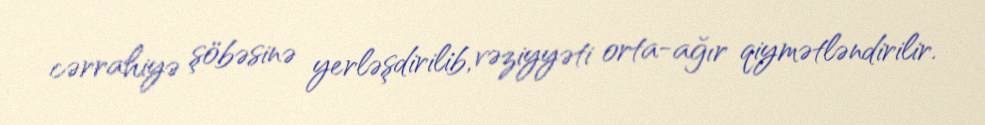
cərrahiyə şöbəsinə yerləşdirilib, vəziyyəti orta-ağır qiymətləndirilir.